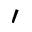
^ \prime